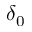
\delta _ { 0 }